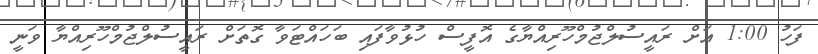
ފަހު 1:00 އަށް ރައީސުލްޖުމްހޫރިއްޔާގެ އޮފީސް ހުޅުވާފައި ބަހައްޓަވާ ގޮތަށް ރައީސުލްޖުމްހޫރިއްޔާ ވަނީ